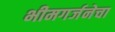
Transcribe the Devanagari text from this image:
भीमगर्जनेचा